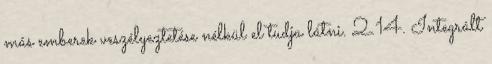
más emberek veszélyeztetése nélkül el tudja látni. 2.14. Integrált